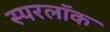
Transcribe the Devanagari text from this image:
स्परलॉक